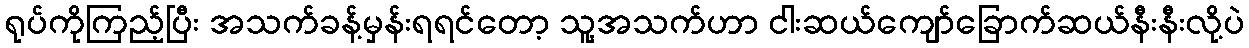
ရုပ်ကိုကြည့်ပြီး အသက်ခန့်မှန်းရရင်တော့ သူ့အသက်ဟာ ငါးဆယ်ကျော်ခြောက်ဆယ်နီးနီးလို့ပဲ